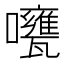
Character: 𱕫